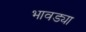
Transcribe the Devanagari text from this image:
भावड्या